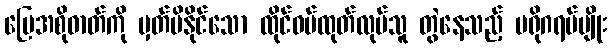
မြေအစိုဓာတ်ကို မှတ်မိနိုင်သော ထိုင်ဝမ်ထုတ်လုပ်သူ တွဲနေသည့် ပရိုဂရမ်မျိုး